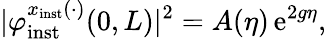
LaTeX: \vert\varphi_{\mathrm{inst}}^{x_{\mathrm{inst}}(\cdot)}(0,L)\vert^{2}=A(\eta)\, \mathrm{e}^{2g\eta},